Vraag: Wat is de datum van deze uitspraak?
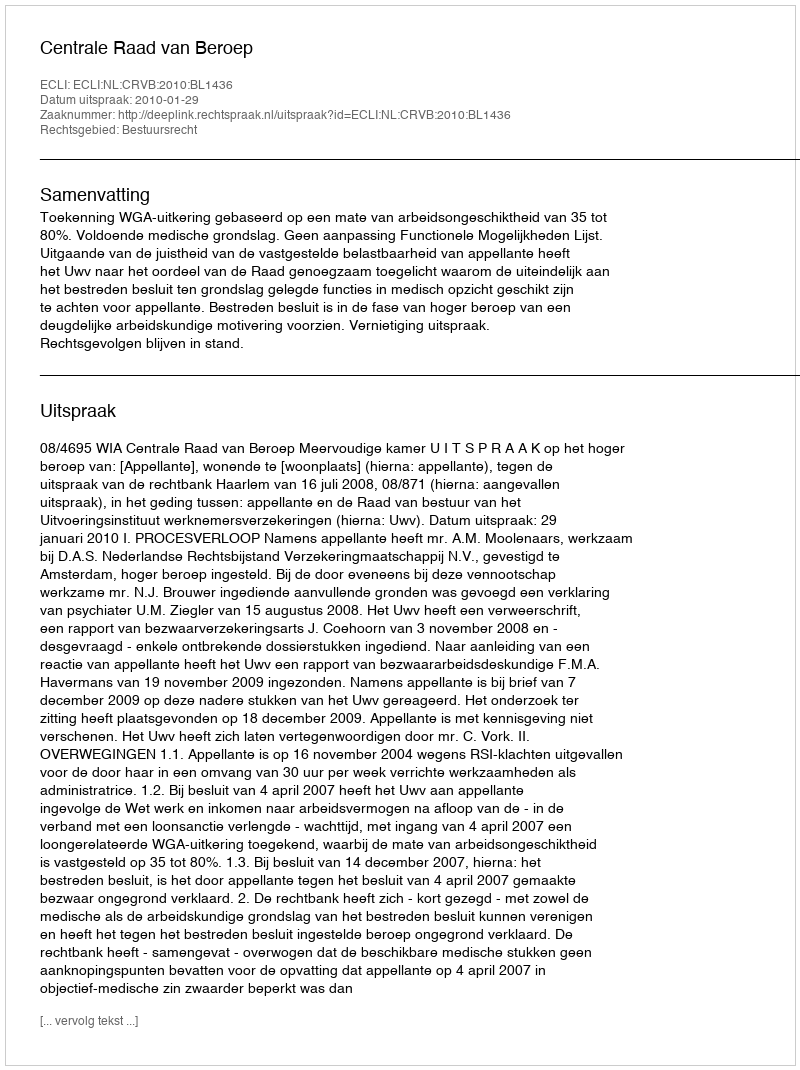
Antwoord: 2010-01-29